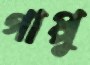
গাপ্পু